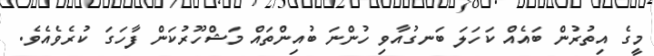
މީގެ އިތުރުން ބައެއް ކަހަލަ ބަނގުއާވި ހުންނަ ބުއިންތައް މަޝްހޫރުކަން ފާހަގަ ކުރެވެއެވެ.